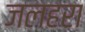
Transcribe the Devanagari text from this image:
जलहरा